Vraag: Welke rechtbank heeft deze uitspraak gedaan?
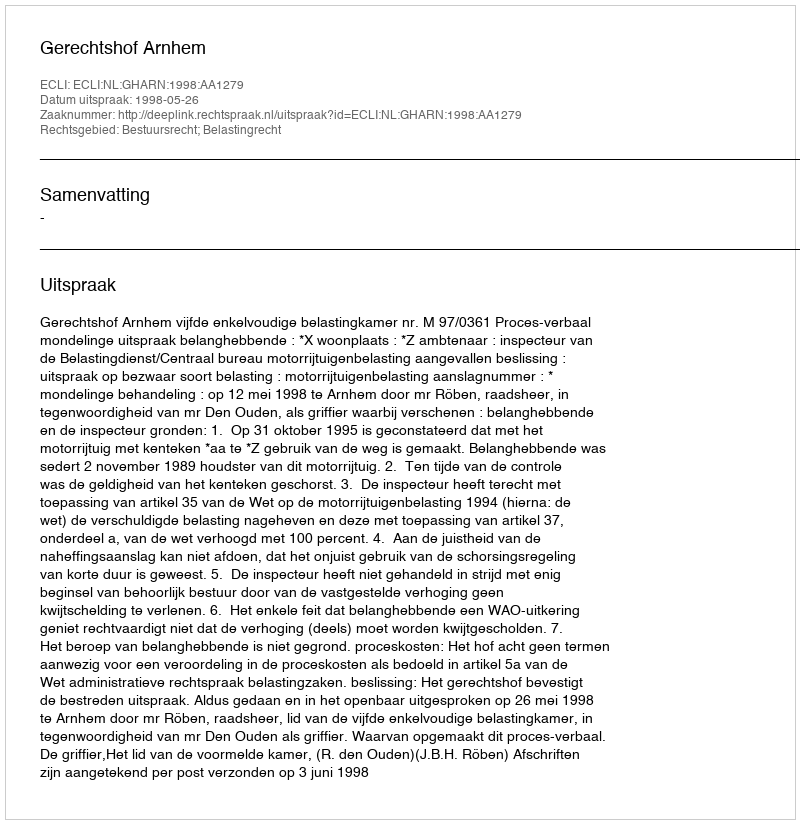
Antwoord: Gerechtshof Arnhem